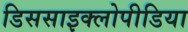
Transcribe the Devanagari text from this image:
डिससाइक्लोपीडिया